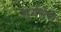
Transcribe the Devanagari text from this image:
सूर्यलेणे